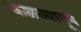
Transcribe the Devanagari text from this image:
कळव्यातून